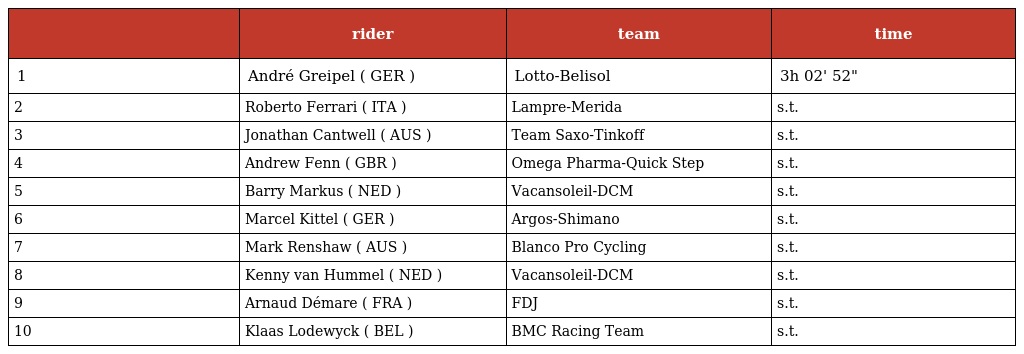
|  | rider | team | time |
 | --- | --- | --- | --- |
 | 1 | André Greipel ( GER ) | Lotto-Belisol | 3h 02' 52" |
 | 2 | Roberto Ferrari ( ITA ) | Lampre-Merida | s.t. |
 | 3 | Jonathan Cantwell ( AUS ) | Team Saxo-Tinkoff | s.t. |
 | 4 | Andrew Fenn ( GBR ) | Omega Pharma-Quick Step | s.t. |
 | 5 | Barry Markus ( NED ) | Vacansoleil-DCM | s.t. |
 | 6 | Marcel Kittel ( GER ) | Argos-Shimano | s.t. |
 | 7 | Mark Renshaw ( AUS ) | Blanco Pro Cycling | s.t. |
 | 8 | Kenny van Hummel ( NED ) | Vacansoleil-DCM | s.t. |
 | 9 | Arnaud Démare ( FRA ) | FDJ | s.t. |
 | 10 | Klaas Lodewyck ( BEL ) | BMC Racing Team | s.t. |